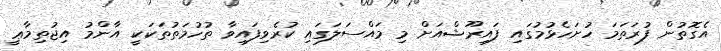
އެގޮތުން ފުރަތަމަ ހުށަހެޅުމުގައި ފައިރޫޝްއަށް މި މައްސަލަގައި ކުރެވިފައިވާ ތުހުމަތުތަކަކީ އާންމު އިޖުތިމާޢީ